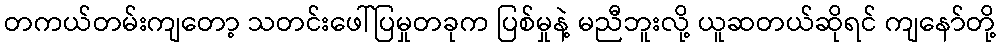
တကယ်တမ်းကျတော့ သတင်းဖေါ်ပြမှုတခုက ပြစ်မှုနဲ့ မညီဘူးလို့ ယူဆတယ်ဆိုရင် ကျနော်တို့